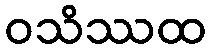
ဝသိဿထ